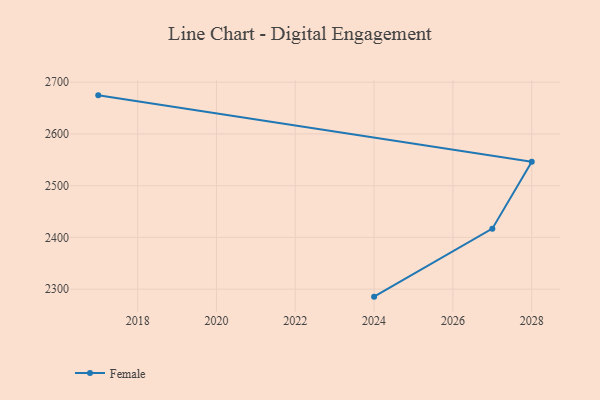
{"axis": {"x": "Year", "y": "Page Views"}, "legend": ["Female"], "data": [{"x": "2017", "y": 2674.6, "type": "Female"}, {"x": "2028", "y": 2546.4, "type": "Female"}, {"x": "2027", "y": 2416.9, "type": "Female"}, {"x": "2024", "y": 2285.4, "type": "Female"}]}